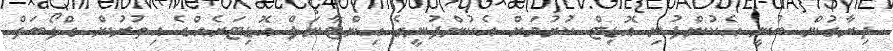
ދިރާގުން ބުނީ އެކުންފުނި އޮޑިޓް ކުރުމަށް އެކުންފުނީގެ އިންޓާނަލް އޮޑިޓަރެއްގެ އިތުރުން ގްލޯބަލް